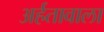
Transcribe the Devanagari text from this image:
अर्हतावाला